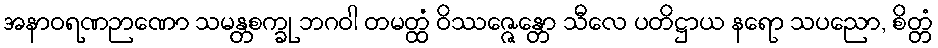
အနာဝရဏဉာဏော သမန္တစက္ခု ဘဂဝါ တမတ္ထံ ဝိဿဇ္ဇေန္တော သီလေ ပတိဋ္ဌာယ နရော သပညော, စိတ္တံ